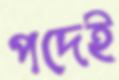
পদেই